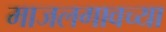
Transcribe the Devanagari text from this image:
माजलगावच्या